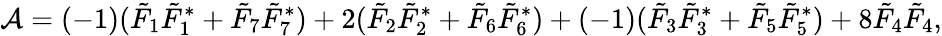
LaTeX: {\cal A}=(-1)(\tilde{F}_{1}\tilde{F}_{1}^{*}+\tilde{F}_{7}\tilde{F}_{7}^{*})+2(\tilde{F}_{2}\tilde{F}_{2}^{*}+\tilde{F}_{6}\tilde{F}_{6}^{*})+(-1)(\tilde{F}_{3}\tilde{F}_{3}^{*}+\tilde{F}_{5}\tilde{F}_{5}^{*})+8\tilde{F}_{4}\tilde{F}_{4},